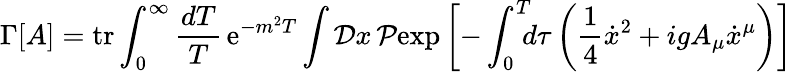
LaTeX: \Gamma\lbrack A\rbrack=\mathrm{tr}\int_{0}^{\infty}{\frac{dT}{T}}\, \mathrm{e}^{-m^{2}T}\int{\cal D}x\, {\cal P}\mathrm{exp}\left[-\int_{0}^{T}\! \! \! d\tau\left({\frac{1}{4}}{\dot{x}}^{2}+igA_{\mu}\dot{x}^{\mu}\right)\right]